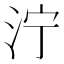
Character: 泞